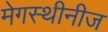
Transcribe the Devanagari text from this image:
मेगस्थीनीज